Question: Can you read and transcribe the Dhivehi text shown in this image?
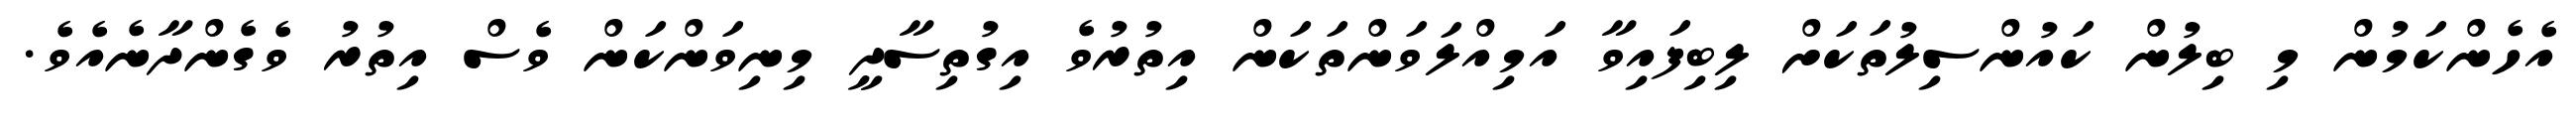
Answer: އެހެންކަމުން މި ބިލުން ކައުންސިލުތަކަށް ލިބިފައިވާ އަމިއްލަވަންތަކަން އިތުރުވެ އިގުތިސާދީ މިނިވަންކަން ވެސް އިތުރު ވެގެންދާނެއެވެ.